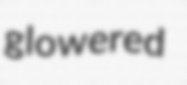
glowered